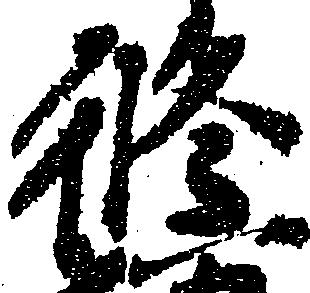
修